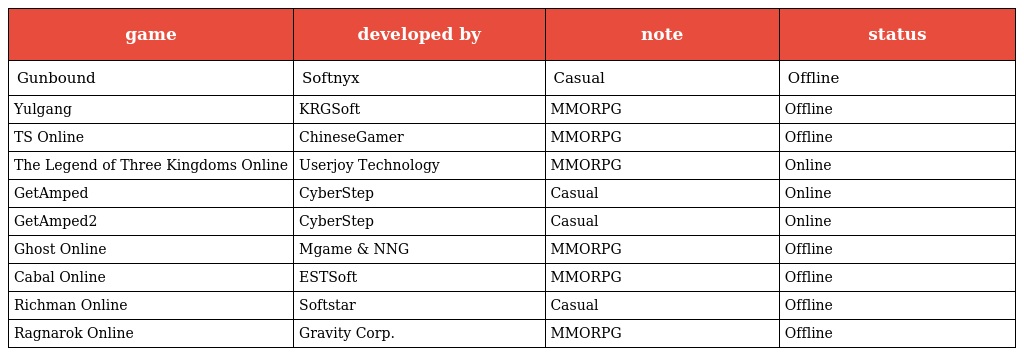
| game | developed by | note | status |
 | --- | --- | --- | --- |
 | Gunbound | Softnyx | Casual | Offline |
 | Yulgang | KRGSoft | MMORPG | Offline |
 | TS Online | ChineseGamer | MMORPG | Offline |
 | The Legend of Three Kingdoms Online | Userjoy Technology | MMORPG | Online |
 | GetAmped | CyberStep | Casual | Online |
 | GetAmped2 | CyberStep | Casual | Online |
 | Ghost Online | Mgame & NNG | MMORPG | Offline |
 | Cabal Online | ESTSoft | MMORPG | Offline |
 | Richman Online | Softstar | Casual | Offline |
 | Ragnarok Online | Gravity Corp. | MMORPG | Offline |